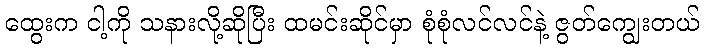
ထွေးက ငါ့ကို သနားလို့ဆိုပြီး ထမင်းဆိုင်မှာ စုံစုံလင်လင်နဲ့ ဇွတ်ကျွေးတယ်